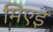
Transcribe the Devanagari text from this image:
मिएई